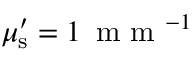
\mu _ { \mathrm { { s } } } ^ { \prime } = 1 \, \textrm { m m } ^ { - 1 }